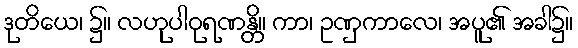
ဒုတိယေ၊ ၌။ လဟုပါဝုရဏန္တိ။ ကာ၊ ဥဏှကာလေ၊ အပူ၏ အခါ၌။